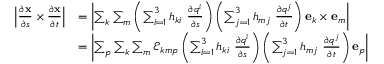
{ \begin{array} { r l } { \left| { \frac { \partial \mathbf { x } } { \partial s } } \times { \frac { \partial \mathbf { x } } { \partial t } } \right| } & { = \left| \sum _ { k } \sum _ { m } \left( \sum _ { i = 1 } ^ { 3 } h _ { k i } ~ { \frac { \partial q ^ { i } } { \partial s } } \right) \left( \sum _ { j = 1 } ^ { 3 } h _ { m j } ~ { \frac { \partial q ^ { j } } { \partial t } } \right) \mathbf { e } _ { k } \times \mathbf { e } _ { m } \right| } \\ & { = \left| \sum _ { p } \sum _ { k } \sum _ { m } { \mathcal { E } } _ { k m p } \left( \sum _ { i = 1 } ^ { 3 } h _ { k i } ~ { \frac { \partial q ^ { i } } { \partial s } } \right) \left( \sum _ { j = 1 } ^ { 3 } h _ { m j } ~ { \frac { \partial q ^ { j } } { \partial t } } \right) \mathbf { e } _ { p } \right| } \end{array} }